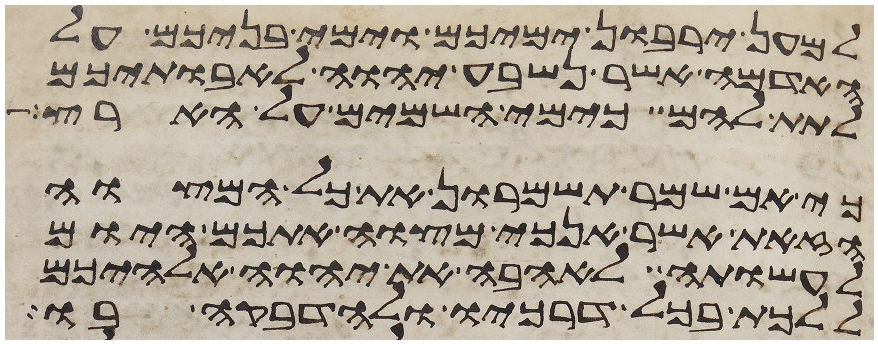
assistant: למען ירבון ימיכם וימי בניכם על
האדמה אשר נשבע יהוה לאבתיכם
לתת להם כימי השמים על הארץ
כי אם שמר תשמרון את כל המצוה
הזאת אשר אנכי מצוה אתכם היום
לעשותה לאהבה את יהוה אלהיכם
ללכת בכל דרכיו ולהדבקה בו